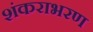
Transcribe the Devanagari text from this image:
शंकराभरण